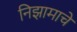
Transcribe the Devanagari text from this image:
निझामाचे